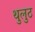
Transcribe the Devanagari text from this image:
थुलुठ